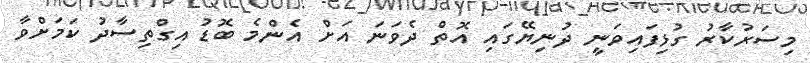
މިސަރުކާރު ގުޅިފައިވަނީ ދުނިޔޭގައި އޮތް ދެވަނަ އަށް އެންމެ ބޮޑު އިގްތިސާދު ކަމަށްވާ